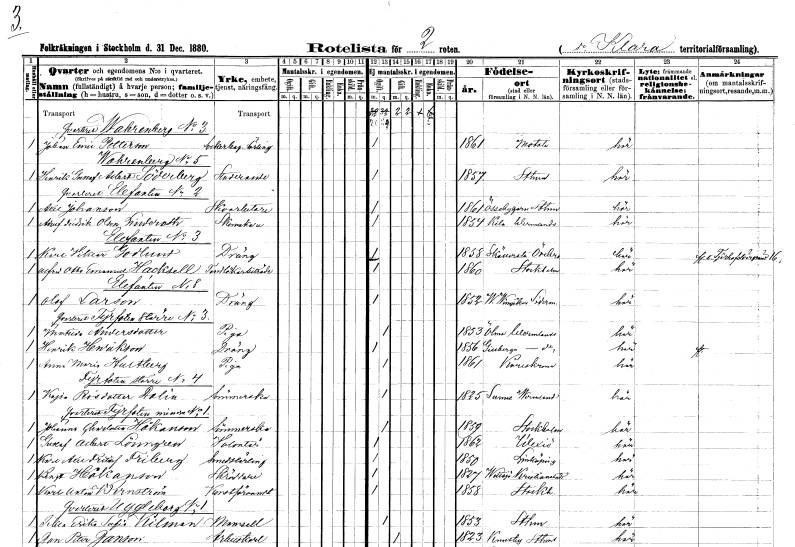
gt_parse: households: individuals: FN: Johan Emil
EN: Pettersson
YRKE: Sockerbagarelärling
KON: M
CIV: O
FODAR: 1861
FODFORS: Motala Östergötlands län
FN: Henrik Gustaf Albert
EN: Söderberg
YRKE: Studerande
KON: M
CIV: O
FODAR: 1857
FODFORS: Stockholm
FN: Axel
EN: Johanson
YRKE: Skoarbetare
KON: M
CIV: O
FODAR: 1861
FODFORS: Össeby-Garn Stockholms län
FN: Adolf Fredrik
EN: Olson Linderoth
YRKE: Skomakare
KON: M
CIV: O
FODAR: 1854
FODFORS: Kila Värmlands län
FN: Karl Viktor
EN: Godlund
YRKE: Dräng
KON: M
CIV: O
FODAR: 1858
FODFORS: Sköllersta Örebro län
FN: Alfred Otto Emanuel
EN: Hacksell
YRKE: Tandläkarebiträde
KON: M
CIV: O
FODAR: 1866
FODFORS: Stockholm
FN: Olof
EN: Larson
YRKE: Dräng
KON: M
CIV: O
FODAR: 1852
FODFORS: Västra Vingåker Södermanlands län
FN: Matilda
EN: Andersdotter
YRKE: Piga
KON: K
CIV: O
FODAR: 1853
FODFORS: Ölme Värmlands län
FN: Henrik
EN: Henrikson
YRKE: Dräng
KON: M
CIV: O
FODAR: 1856
FODFORS: Gillberga Värmlands län
FN: Anna Maria
EN: Hultberg
YRKE: Piga
KON: K
CIV: O
FODAR: 1861
FODFORS: Karlskrona Blekinge län
FN: Kajsa
EN: Persdotter Dalin
YRKE: Sömmerska
KON: K
CIV: O
FODAR: 1825
FODFORS: Sunne Värmlands län
FN: Johanna Charlotta
EN: Håkanson
YRKE: Sömmerska
KON: K
CIV: O
FODAR: 1859
FODFORS: Stockholm
FN: Gustaf Albert
EN: Lönngren
YRKE: Volontär
KON: M
CIV: O
FODAR: 1862
FODFORS: Växjö Kronobergs län
FN: Karl Axel Fritiof
EN: Friberg
YRKE: Smedslärling
KON: M
CIV: O
FODAR: 1850
FODFORS: Linköping Östergötlands län
FN: Bengt
EN: Håkanson
YRKE: Skräddare
KON: M
CIV: O
FODAR: 1821
FODFORS: Vittsjö Kristianstads län
FN: Karl Anton
EN: Wernström
YRKE: Konstförvandt
KON: M
CIV: O
FODAR: 1858
FODFORS: Stockholm